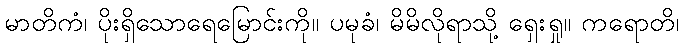
မာတိကံ၊ ပိုးရှိသောရေမြောင်းကို။ ပမုခံ၊ မိမိလိုရာသို့ ရှေးရှု။ ကရောတိ၊